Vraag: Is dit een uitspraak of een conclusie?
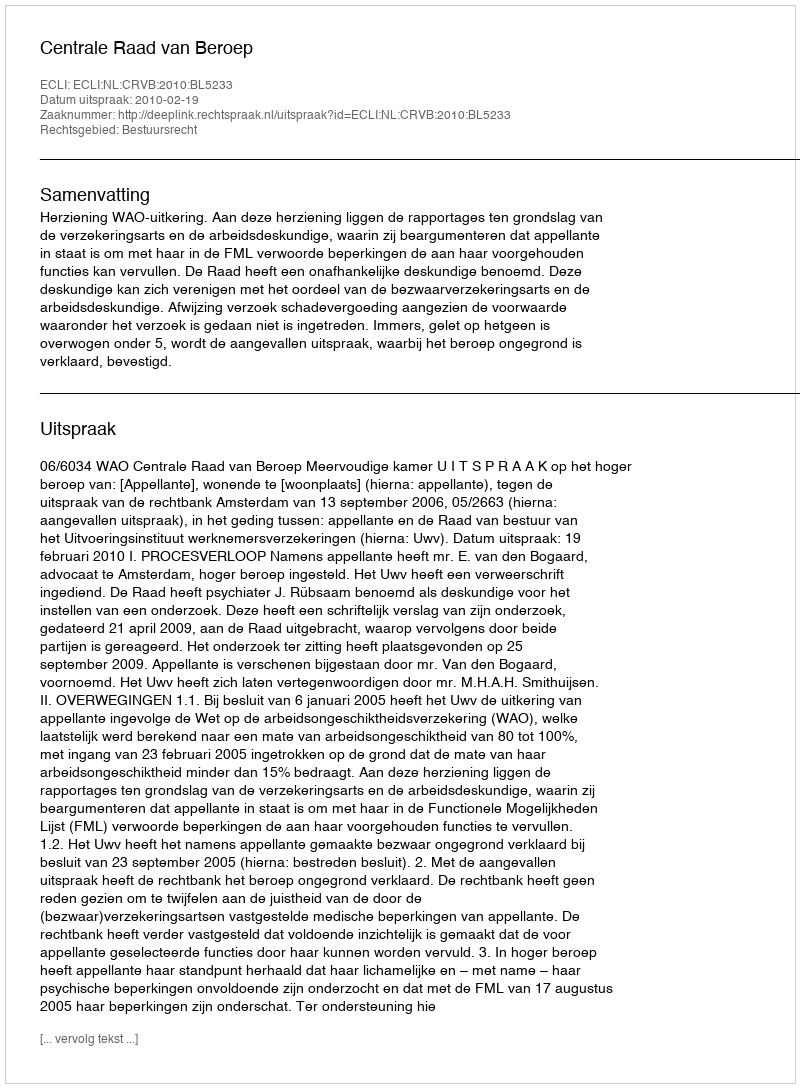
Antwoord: Uitspraak